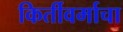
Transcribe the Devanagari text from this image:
किर्तीवर्माचा